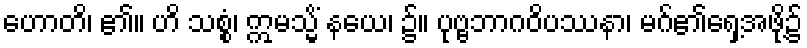
ဟောတိ၊ ၏။ ဟိ သစ္စံ၊ ဣမသ္မိံ နယေ၊ ၌။ ပုဗ္ဗဘာဂဝိပဿနာ၊ မဂ်၏ရှေ့အဖို့၌